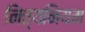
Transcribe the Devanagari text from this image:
नित्यनियम